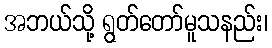
အဘယ်သို့ ရွတ်တော်မူသနည်း၊